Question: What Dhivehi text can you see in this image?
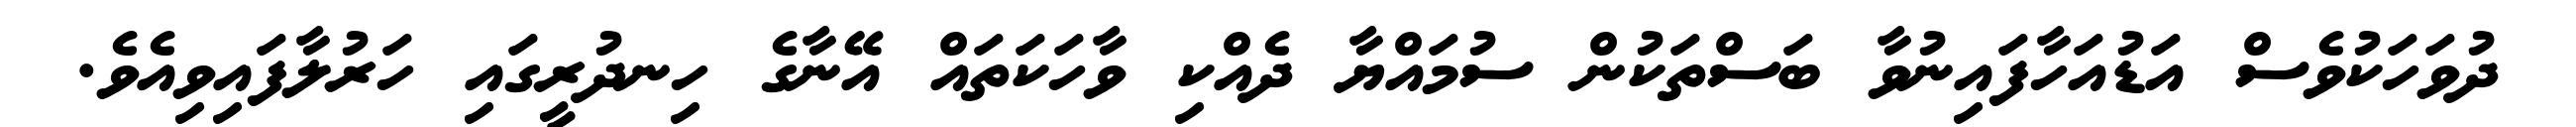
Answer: ދުވަހަކުވެސް އަޑުއަހާފައިނުވާ ބަސްތަކުން ސުމައްޔާ ދެއްކި ވާހަކަތައް އޭނާގެ ހިނދުރީގައި ހަރުލާފައިވިއެވެ.